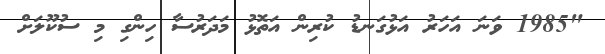
"1985 ވަނަ އަހަރު އަޅުގަނޑު ކުރިން އަތޮޅު މަދަރުސާ ހިންގި މި ސުކޫލަށް